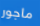
ماجور